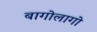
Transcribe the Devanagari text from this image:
बागोलागो